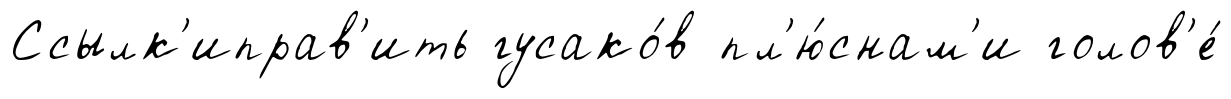
Ссылк'иправ'ить гусако́в пл'ю́снам'и голов'е́